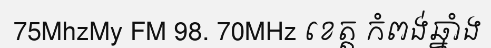
75MhzMy FM 98. 70MHz ខេត្ត កំពង់ឆ្នាំង